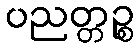
ပညတ္တဉ္စ